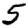
Digit: 5